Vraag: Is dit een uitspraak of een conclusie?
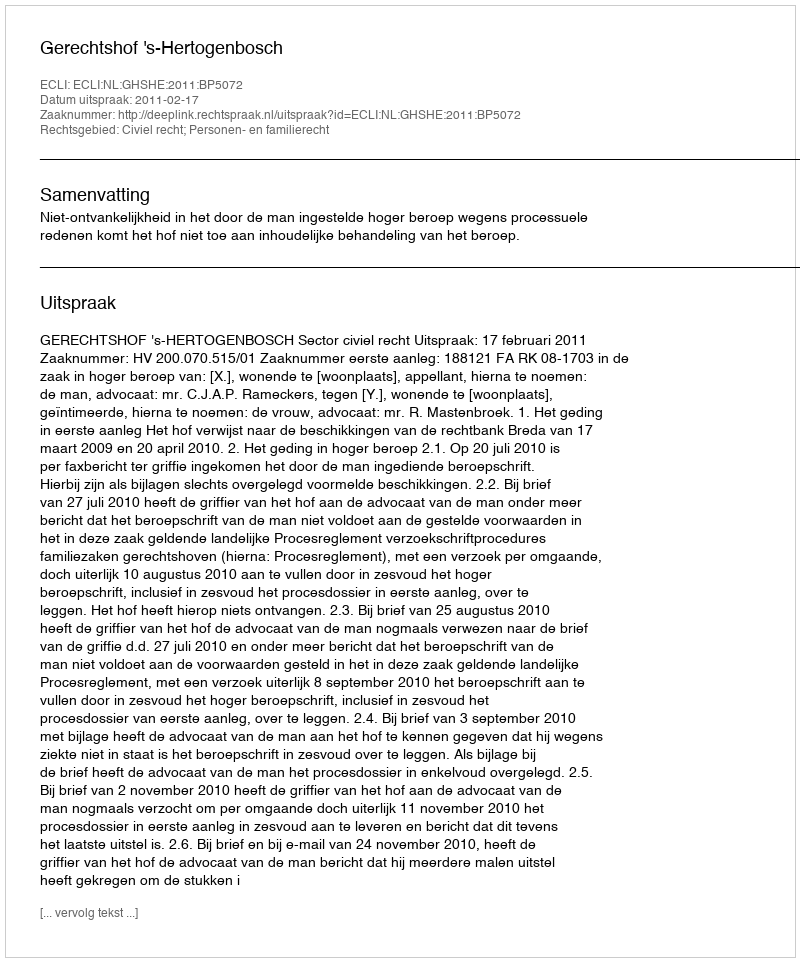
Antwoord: Uitspraak